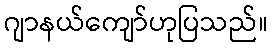
ဂျာနယ်ကျော်ဟုပြသည်။